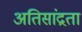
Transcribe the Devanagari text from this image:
अतिसांद्रता